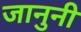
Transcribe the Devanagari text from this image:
जानुनी